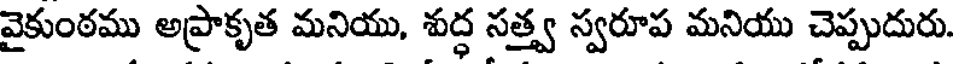
వైకుంఠము అప్రాకృత మనియు, శుద్ధ సత్త్వ స్వరూప మనియు చెప్పుదురు.